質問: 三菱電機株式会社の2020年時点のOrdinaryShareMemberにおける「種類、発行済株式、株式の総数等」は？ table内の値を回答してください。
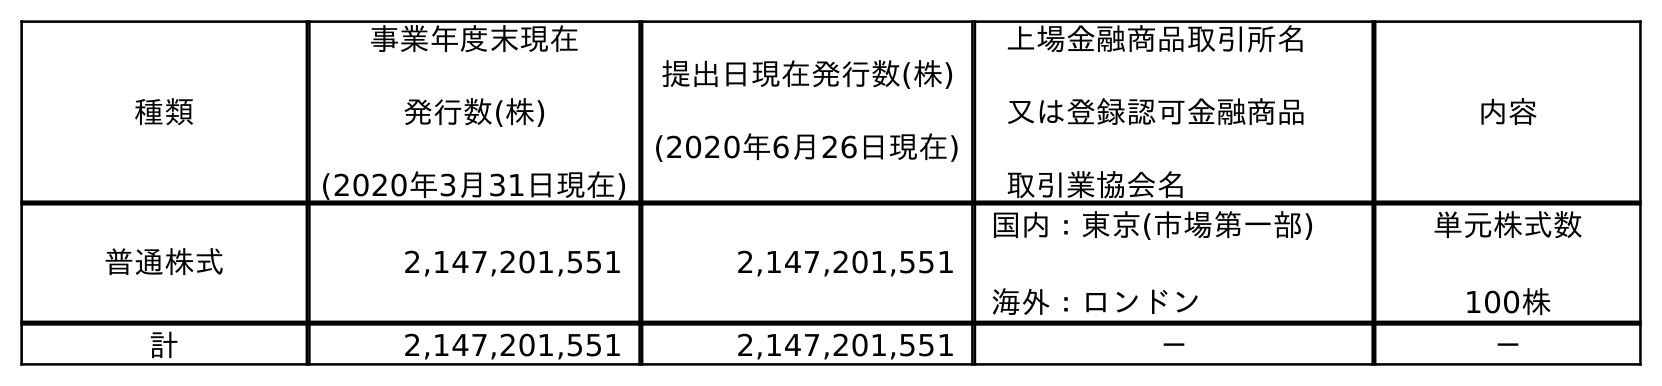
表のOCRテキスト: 種類 事業年度末現在 発行数(株) (2020年3月31日現在) 提出日現在発行数(株) (2020年6月26日現在) 上場金融商品取引所名 又は登録認可金融商品 取引業協会名 内容 普通株式 2,147,201,551 2,147,201,551 国内：東京(市場第一部) 海外：ロンドン 単元株式数 100株 計 2,147,201,551 2,147,201,551 － －
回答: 普通株式